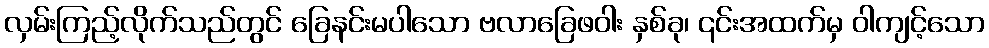
လှမ်းကြည့်လိုက်သည်တွင် ခြေနင်းမပါသော ဗလာခြေဖဝါး နှစ်ခု၊ ၎င်းအထက်မှ ဝါကျင့်သော